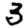
Digit: 3